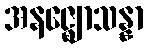
အနဇ္ဈောသန္နာ